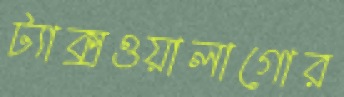
ট্যাক্সওয়ালাগোর